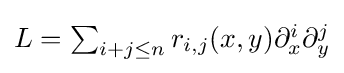
{\textstyle L=\sum _{i+j\leq n}r_{i,j}(x,y)\partial _{x}^{i}\partial _{y}^{j}}